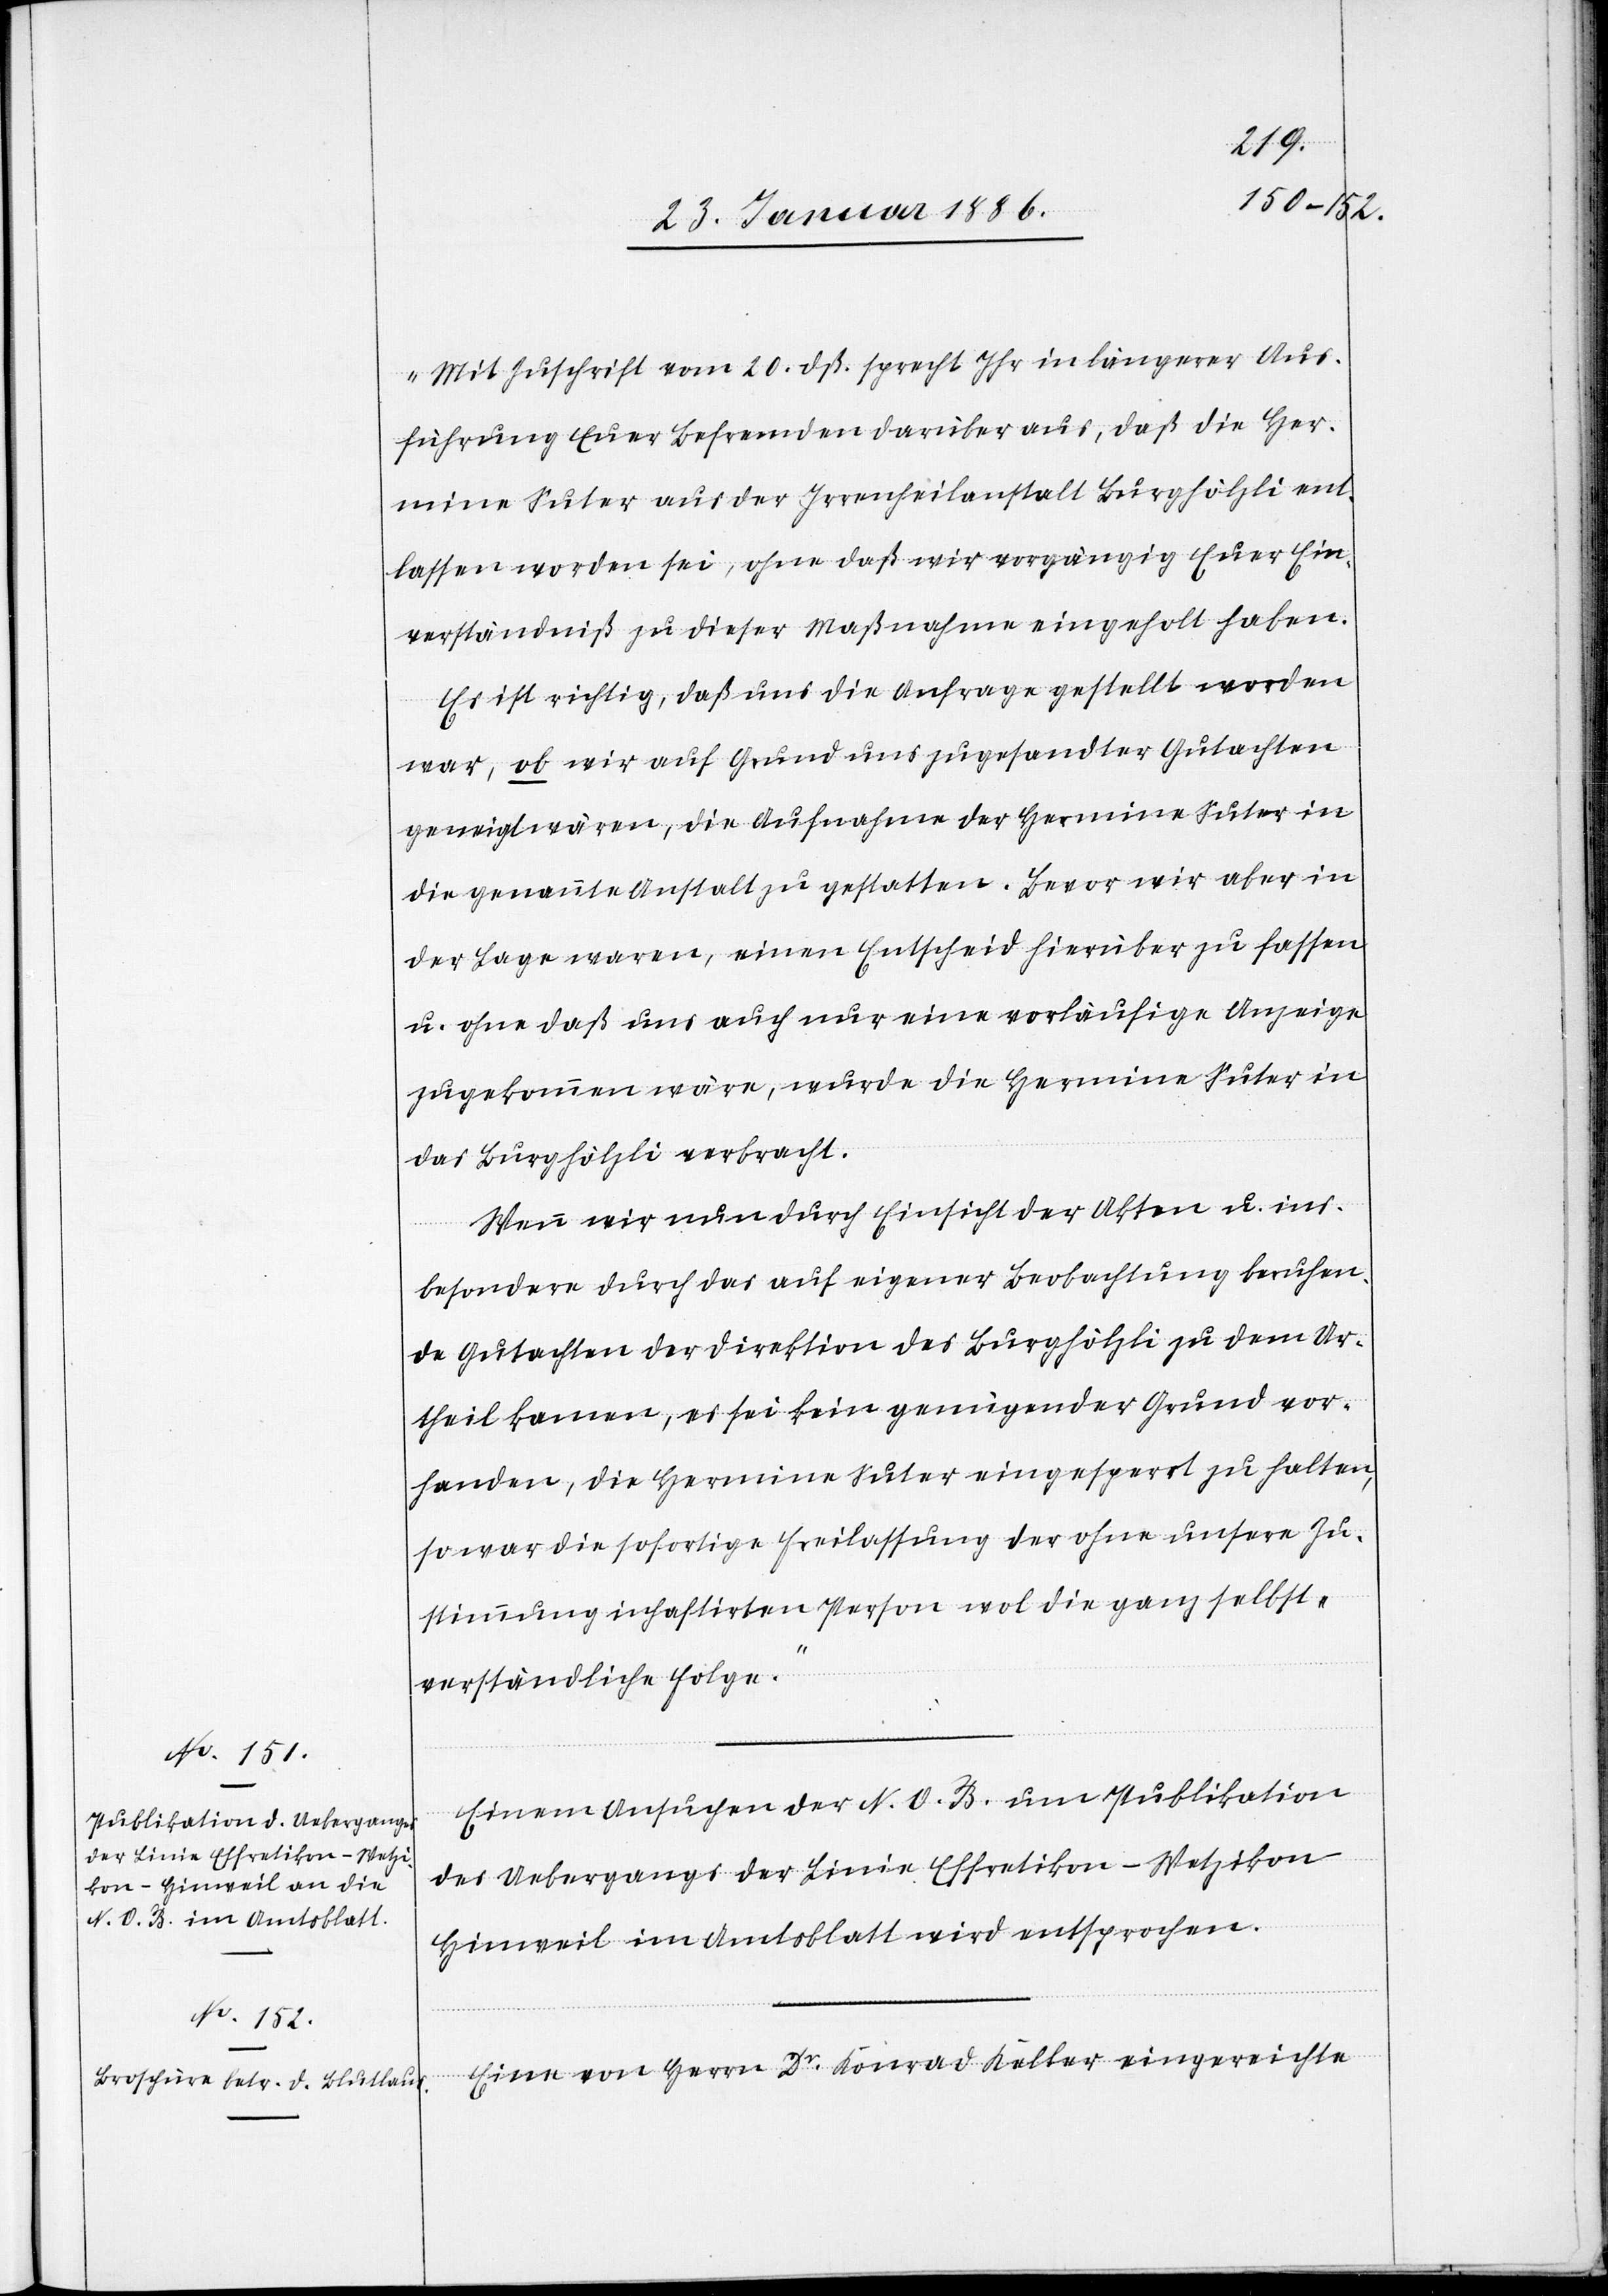
„Mit Zuschrift vom 20. dß. sprecht Ihr in längerer Aus¬
führung Euer Befremden darüber aus, daß die Her¬
mine Suter aus der Irrenheilanstalt Burghölzli ent¬
lassen worden sei, ohne daß wir vorgängig Euer Ein¬
verständniß zu dieser Maßnahme eingeholt haben.
Es ist richtig, daß uns die Anfrage gestellt worden
war, ob wir auf Grund uns zugesandter Gutachten
geneigt wären, die Aufnahme der Hermine Suter in
die genannte Anstalt zu gestatten. Bevor wir aber in
der Lage waren, einen Entscheid hierüber zu fassen
u. ohne daß uns auch nur eine vorläufige Anzeige
zugekommen wäre, wurde die Hermine Suter in
das Burghölzli verbracht.
Wenn wir nun durch Einsicht der Akten u. ins¬
besondere durch das auf eigener Beobachtung beruhen¬
de Gutachten der Direktion des Burghölzli zu dem Ur¬
theil kamen, es sei kein genügender Grund vor¬
handen, die Hermine Suter eingesperrt zu halten,
so war die sofortige Freilassung der ohne unsere Zu¬
stimmung inhaftirten Person wol die ganz selbst¬
verständliche Folge.“
Einem Ansuchen der N. O. B. um Publikation
des Ueberganges der Linie Effretikon–Wetzikon–H¬
inweil im Amtsblatt wird entsprochen.
Eine von Herrn Dr Konrad Keller eingereichte